Report on the Nagpur School of Medicine, Central Provinces
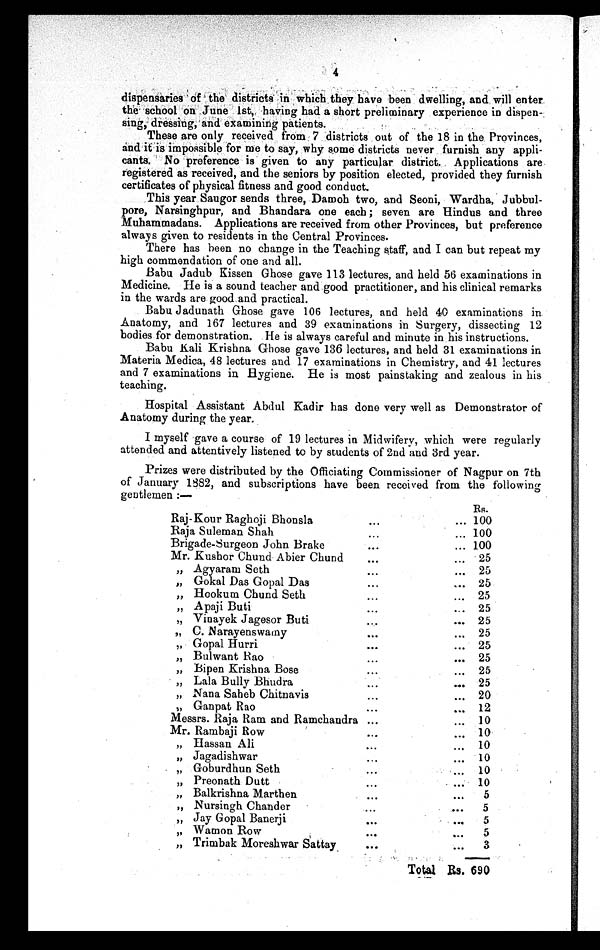
4
dispensaries of the districts in which . they have been dwelling, and, will enter
the school on June 1st, having had a short preliminary experience in dispen
dressing, and examining patients.
.
These are only received from 7 districts out of the 18 in the Provinces,
and it is impossible for me to say, why some districts never furnish any appli-
cants. No preference is given to any particular district. Applications are
registered as received, and the seniors by position elected, provided they furnish
certificates of physical fitness and good conduct.
This year Saugor sends three, Damoh two, and Seoni, Wardha, Jubbul-
pore Narsinghpur, and Bhandara one each ; seven are Hindus and three
Muhammadans. Applications are received from other Provinces, but preference
always given to residents in the Central Provinces.
There has been no change in the Teaching staff, and I can but repeat my
high commendation of one and all.
Babu Jadub Kissen Ghose gave 113 lectures, and held 56 examinations in
Medicine. He is a sound teacher and good practitioner, and his clinical remarks
in the wards are good and practical.
Babu Jadunath Ghose gave 106 lectures, and held 40 examinations in
Anatomy, and 167 lectures and 39 examinations in Surgery, dissecting 12
bodies for demonstration. He is always careful and minute in his instructions.
Babu Kali Krishna Ghose gave 136 lectures, and held 31 examinations in
Materia Medica, 48 lectures and 17 examinations in Chemistry, and 41 lectures
and 7 examinations in Hygiene. He is most painstaking and zealous in his
teaching.
Hospital Assistant Abdul Kadir has done very well as Demonstrator of
Anatomy during the year.
I myself gave a course of 19 lectures in Midwifery, which were regularly
attended and attentively listened to by students of 2nd and 3rd year.
Prizes were distributed by the Officiating Commissioner of Nagpur on 7th
of January 1882, and subscriptions have been received from the following
gentlemen :—
Rs.
Raj-Kour Raghoji Bhonsla
. . .
... 100
Baja Suleman Shah
...
... 100
Brigade-Surgeon John Brake
. . .
... 100
Mr. Kushor Chund Abier Chund
. . .
... 25
,, Agyaram Seth
...
... 25
,,
Gokal Das Gopal Das
. . .
... 25
,,
Hookum Chund Seth
...
... 25
,,
Apaji Buti
. . .
... 25
,, Vinayek Jagesor Buti
. .
... 25
„ C. Narayenswamy
...
... 25
,, Gopal Hurri
. . .
... 25
,,
Bulwant Rao
. . .
... 25
,,
Bipen Krishna Bose
. . .
...
25
,, Lala Bully Bhudra
. . .
25
,, Nana Saheb Chitnavis
...
... 20
Rao...
Ga
n p a t
... 12
Messrs. Raja Ram and Ramchandra ...
... 10
Mr. Rambaji Row
. . .
... 10
,, Hassan Ali
. . .
... 10
,,
Jagadishwar
. . .
... 10
,,
Goburdhun Seth
. . .
10
,,
Preonath Dutt
. . .
. ... 10
,, Balkrishna Marthen
. . .
...
5
,, Nursingh Chander
...
...
5
„ Jay Gopal Banerji
. . .
...
5
„
Watnon Row
...
...
5
„ Trimbak Moreshwar Sattay
. . .
...
3
Total RS. 690